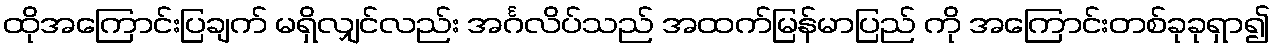
ထိုအကြောင်းပြချက် မရှိလျှင်လည်း အင်္ဂလိပ်သည် အထက်မြန်မာပြည် ကို အကြောင်းတစ်ခုခုရှာ၍